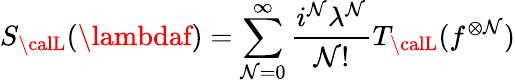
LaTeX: S_{\calL}(\lambdaf)=\sum_{\mathcal{N}=0}^{\infty}\frac{{i^{\mathcal{N}}\lambda^{\mathcal{N}}}}{{\mathcal{N}!}}T_{\calL}(f^{\otimes\mathcal{N}})